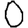
Digit: 0